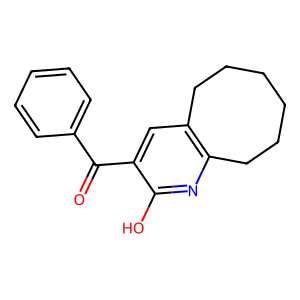
SMILES: O=C(c1ccccc1)c1cc2c(nc1O)CCCCCC2
Inhibits HIV replication: No